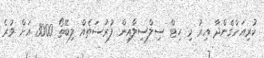
ކުރިއަށްގެންދާ އިރު މި ހިޓް ސިލްސިލާއިން ފުރުސަތެއް ލިބޭތޯ 3000 އަށް ވުރެ